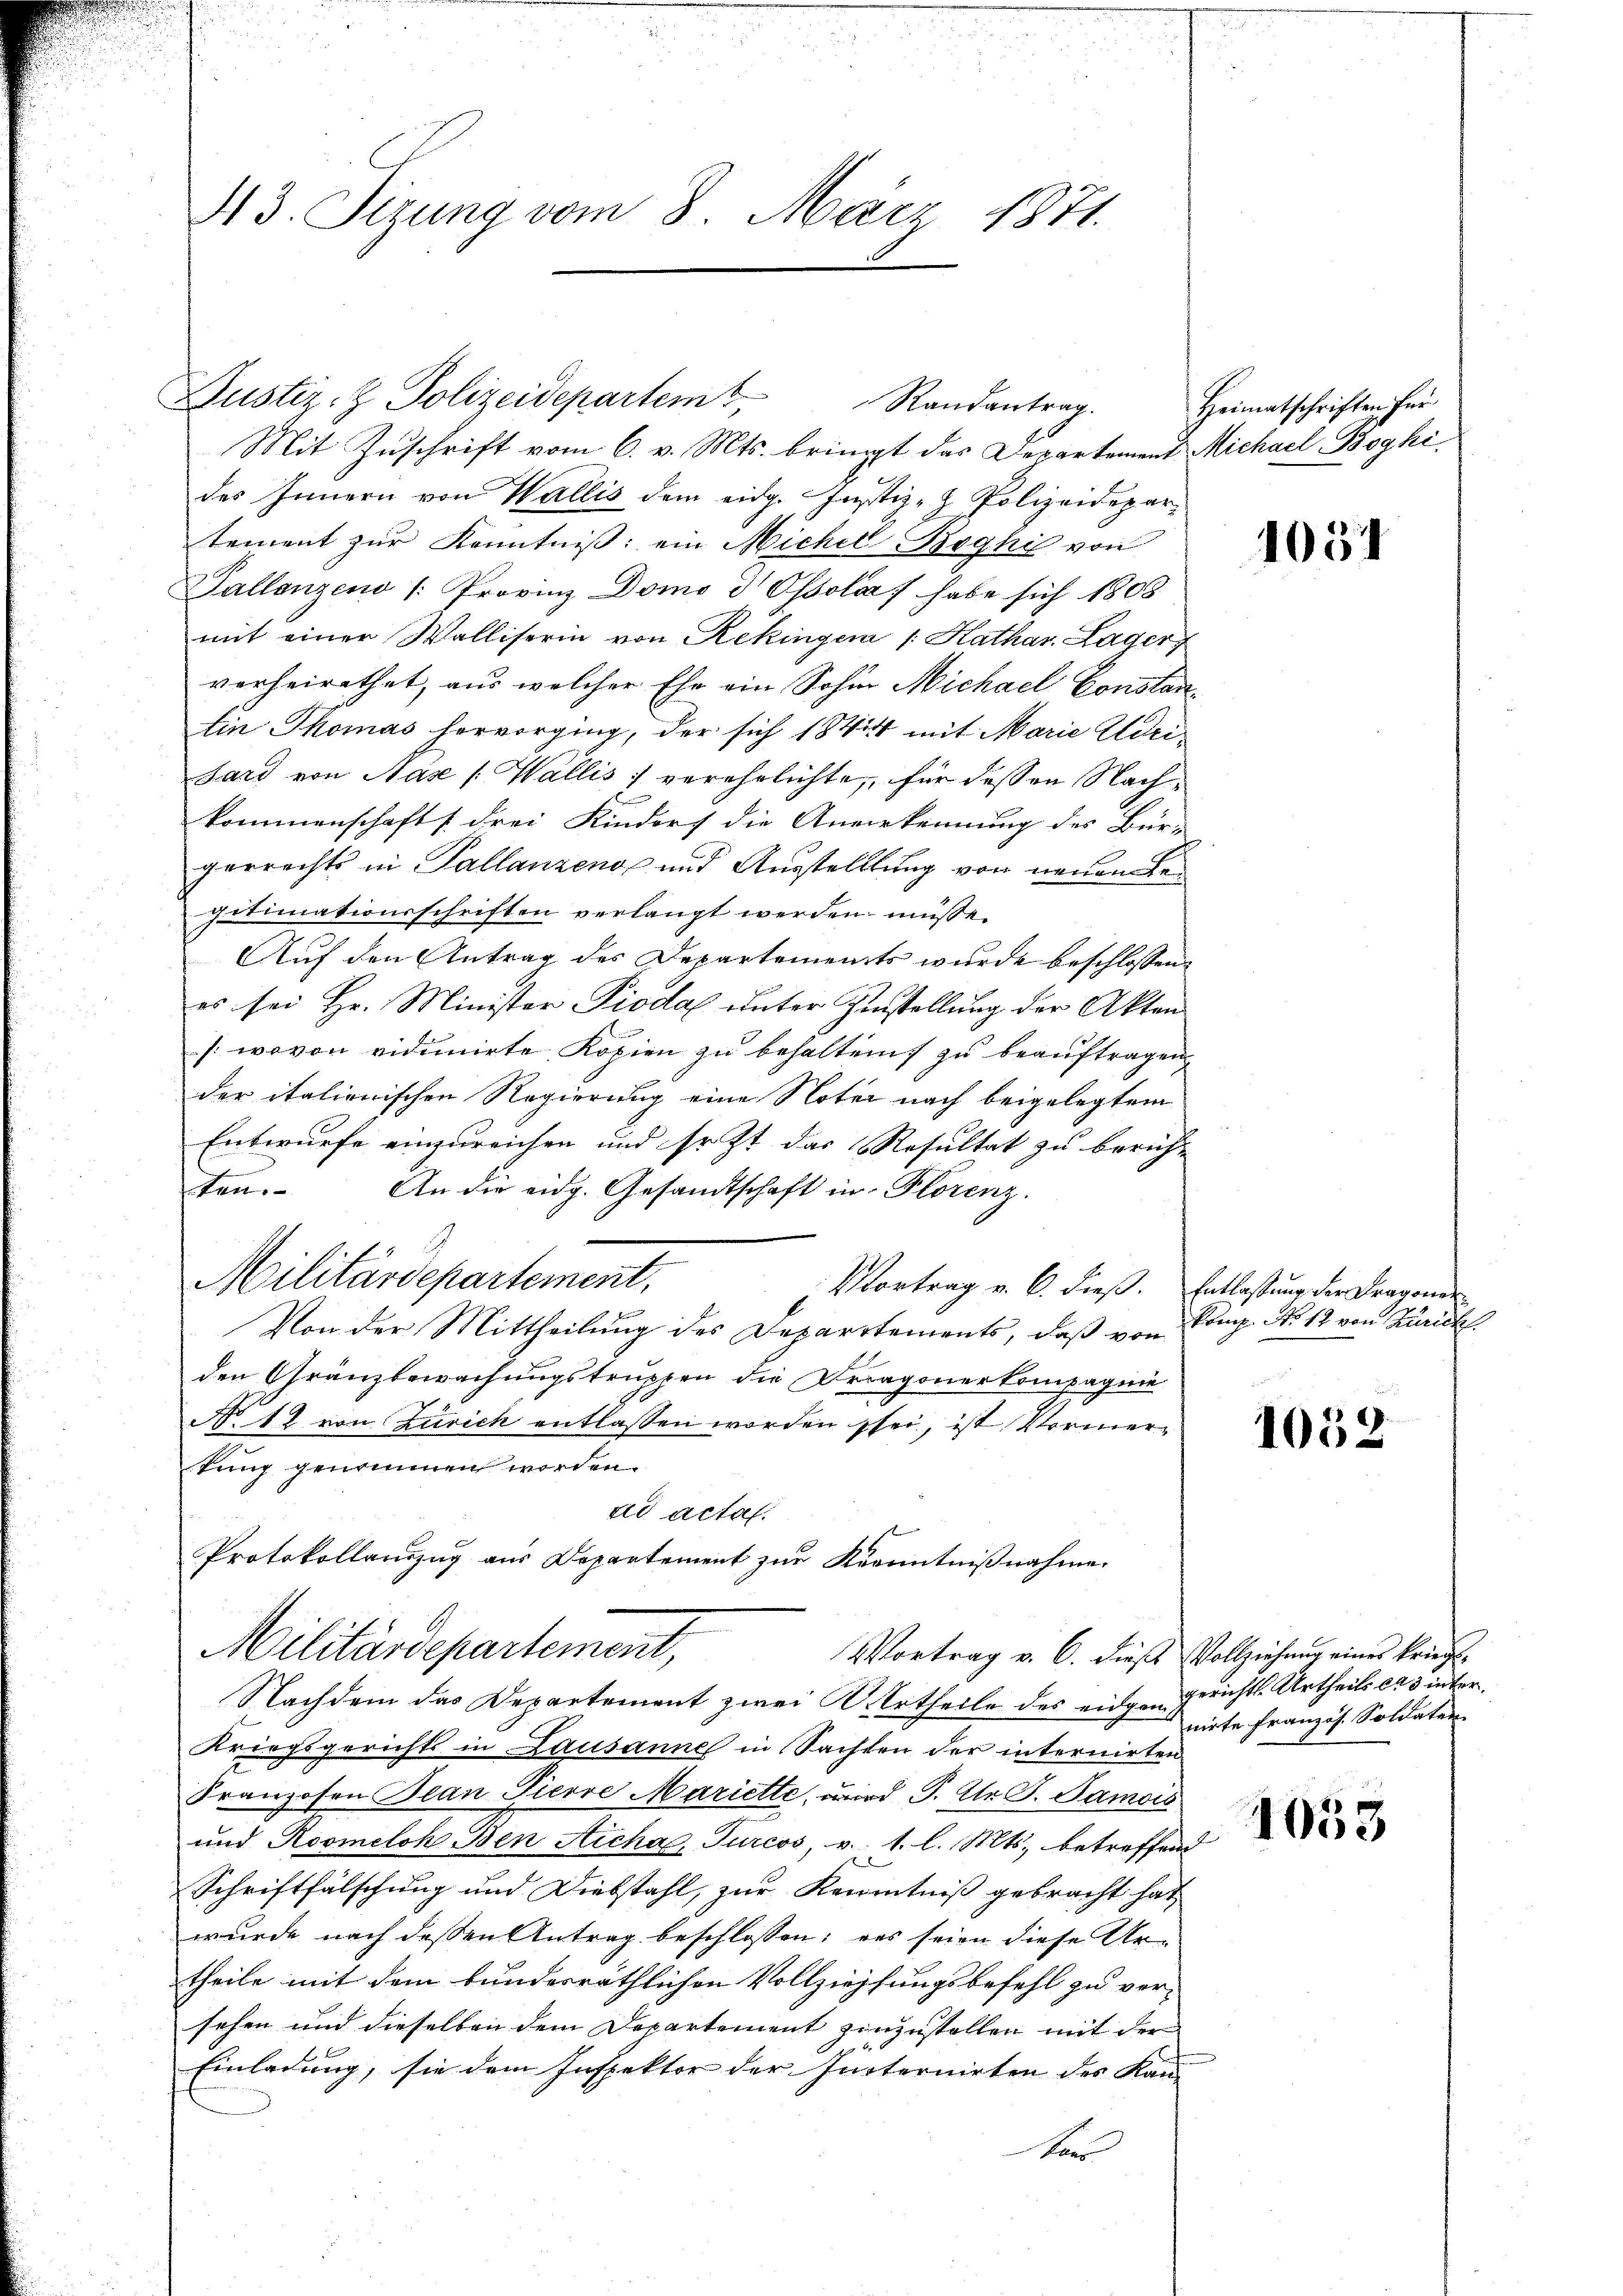
413. Sitzung vom 8. März 1871.

Mit Zuschrift vom 6. v. Mts. bringt das Departement Michael Boghi
des Innern von Wallis dem eidg. Justiz- & Polizeidepartement zur Kenntniß: ein Michel-Boghi von
Pallenzend /: Provinz Domo d Ossola habe sich 1808
mit einer Walliserin von Rekingen /: Kathar. Lager
verheirathet, aus welcher Ehe ein Sohin Michael Constan¬
Ein Thomas hervorging, der sich 1844 mit Marie Adrisard von Nase [Wallis verehelichte, für dessen Nachkommenschafts drei Kindorf die Anverkennung des Bür-
gerrechts in Pallanzend und Ausstellung von neuen Legitimationsschriften verlangt werden müsse.
Auf den Antrag des Departements wurde beschlossen:
es sei Hr. Minister Piodal unter Zinstellung der Akten
(wovon vidunirte, Kopien zu behalten zu beauftragen,
der italionischen Regierung eine Noter nach beigelegtem
Entwurfe einzureichen und so zt das Resultat zu berichte
ten. An die eidg. Gesandtschaft in Plorenz.
Militärdepartement.
Vortrag v. 6. dieß. Entlassung der Fragoner¬
Von der Mittheilung des Departements, daß von Comp. No 12 von Zürich
den Gränzbewachungstruppen die Dragonerkompagnie
No 48 von Zürich entlassen worden sei, ist Vormerkung genommen werden.
ad actal.
Protokollauszug aus Departement zur Kenntnißnahme.
Militärdepartement,
Vortrag v. C. dieses Vollziehŭng eines kriegs-
Nachdem das Departement zwei M. Urtheile des eingen Gerichts-Urtheils cas inter¬
Kriegsgerichts in Lausanne in Sachten der internirten
Franzosen Bean Pierre Mariette, wird P. Dr. G. Samois
und Roomeloh Ben Micha, Turcos, v. 1. l. Mts., betreffend
Schriftfälschung und Diebstahl, zur Kenntniß gebracht hat,
wurde nach dessen Antrag beschlossen; was seien diese Urtheile mit dem bundesräthlichen Vollziehungsbefehl zu vorsehen und dieselben dem Departement einzustellen mit der
Einladung, sie dem Inspektor der Internirten des Kan-
ta

Justiz- & Polizeidepartem

Randantrag.

Heimatschriften für

1057

1052

nirte Französ. Soldaten

1053